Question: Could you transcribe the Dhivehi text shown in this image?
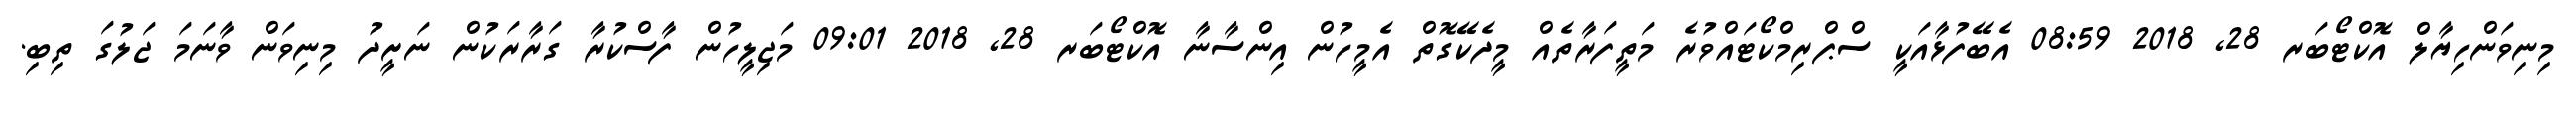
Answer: މިނިވަންހިޔާލް އޮކްޓޯބަރ 28, 2018 08:59 އެބޭފުޅާއަކީ ސްޕްރިމްކޯޓައްވުރެ މަތީފަރާތެއް މީދެކޭގޮތް އެމީހުން އިންސާނާ އޮކްޓޯބަރ 28, 2018 09:01 މަޖިލީހުން ފާސްކުރާ ގަރާރަކުން ނަށީދު މިނިވަން ވާނަމަ ޖަލުގަ ތިބި.